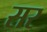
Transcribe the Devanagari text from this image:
सर